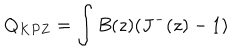
Q _ { K P Z } = \int B ( z ) ( J ^ { - } ( z ) - 1 )